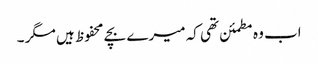
اب وہ مطمئن تھی کہ میرے بچے محفوظ ہیں مگر ۔